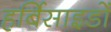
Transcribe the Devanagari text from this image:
हर्बिसाइडों